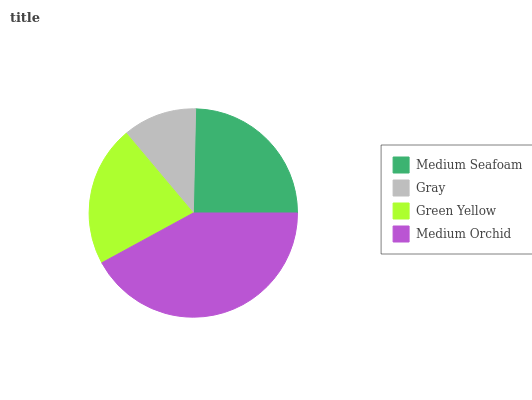
| Medium Seafoam | Gray | Green Yellow | Medium Orchid |
 | --- | --- | --- | --- |
 | 24.7% | 11.5% | 21.8% | 42% |